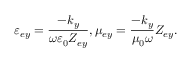
\varepsilon _ { e y } = \frac { - k _ { y } } { \omega \varepsilon _ { 0 } Z _ { e y } } , \mu _ { e y } = \frac { - k _ { y } } { \mu _ { 0 } \omega } Z _ { e y } .